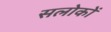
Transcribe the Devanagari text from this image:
सलोकों